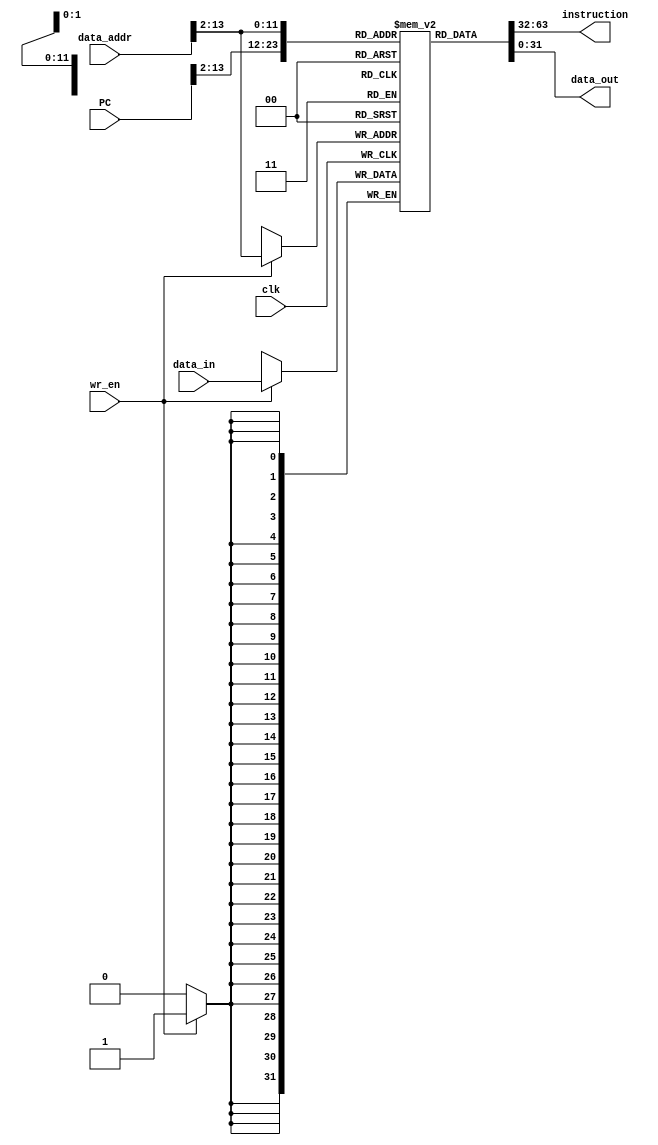
/*----------------------------------------------------------------------------
 Unified instruction/data memory for CPU
   - Reads are combinational/instantaneous
   - Writes occur on rising edge of clock
   - Reads/write data are 32-bit (4 byte) words
   - Addresses (PC and data_addr) should be aligned to 32-bit words
     (i.e. the two LSB should be zero)
   - Simulated memory size is 16KiB (rather than the maximum addressible
     2^32 bytes), so the upper 18 bits of the addresses must be zero
----------------------------------------------------------------------------*/


module memory
(
    // Read port for instructions
    input  [31:0]  PC,		// Program counter (instruction address)
    output [31:0]  instruction,

    // Read/write port for data
    output [31:0]  data_out,
    input  [31:0]  data_in,
    input  [31:0]  data_addr,
    input          clk,
    input          wr_en
);

    // 16KiB memory, organized as 4096 element array of 32-bit words
    reg [31:0] mem [4095:0];
    // Alternative: 16KiB memory, organized as 16384 element array of bytes
    //   This is closer to the physical implementation but makes the Verilog
    //   messier since you need to access multiple bytes at once.
    // reg [7:0] mem [2**14-1:0];


    // Simplified memory "read ports"
    assign instruction = mem[ PC[13:2] ];
    assign data_out = mem[ data_addr[13:2] ];
    // Note: Discards the low 2 bits of the address (which should be zero)
    // since we implemented the memory as an array of words instead of bytes.
    // Discards upper 18 bits of address (which should be zero) because memory
    // is only 16 KiB (smaller than maximum addressible 2^32 bytes).

    // Data write port
    always @(posedge clk) begin
        if (wr_en) begin
            mem[ data_addr[13:2] ] = data_in;
        end
    end



    // Non-synthesizable debugging code for checking assertions about addresses
    always @(data_addr) begin
        if (| data_addr[1:0]) begin	// Lower address bits != 00
	    $display("Warning: misaligned data_addr access, truncating: %h", data_addr);
	end
	if (| data_addr[31:14]) begin  // Upper address bits non-zero
	    $display("Error: data_addr outside implemented memory range: %h", data_addr);
	    // $stop();
	end
    end

    always @(PC) begin
        if (| PC[1:0]) begin	// Lower PC bits != 00
	    $display("Warning: misaligned PC access, truncating: %h", PC);
	end
	if (| PC[31:14]) begin  // Upper PC bits non-zero
	    $display("Error: PC outside implemented memory range: %h", PC);
	    // $stop();
	end
    end

endmodule